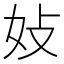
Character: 𪥩